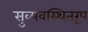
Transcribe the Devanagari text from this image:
सुव्यवस्थितरूप